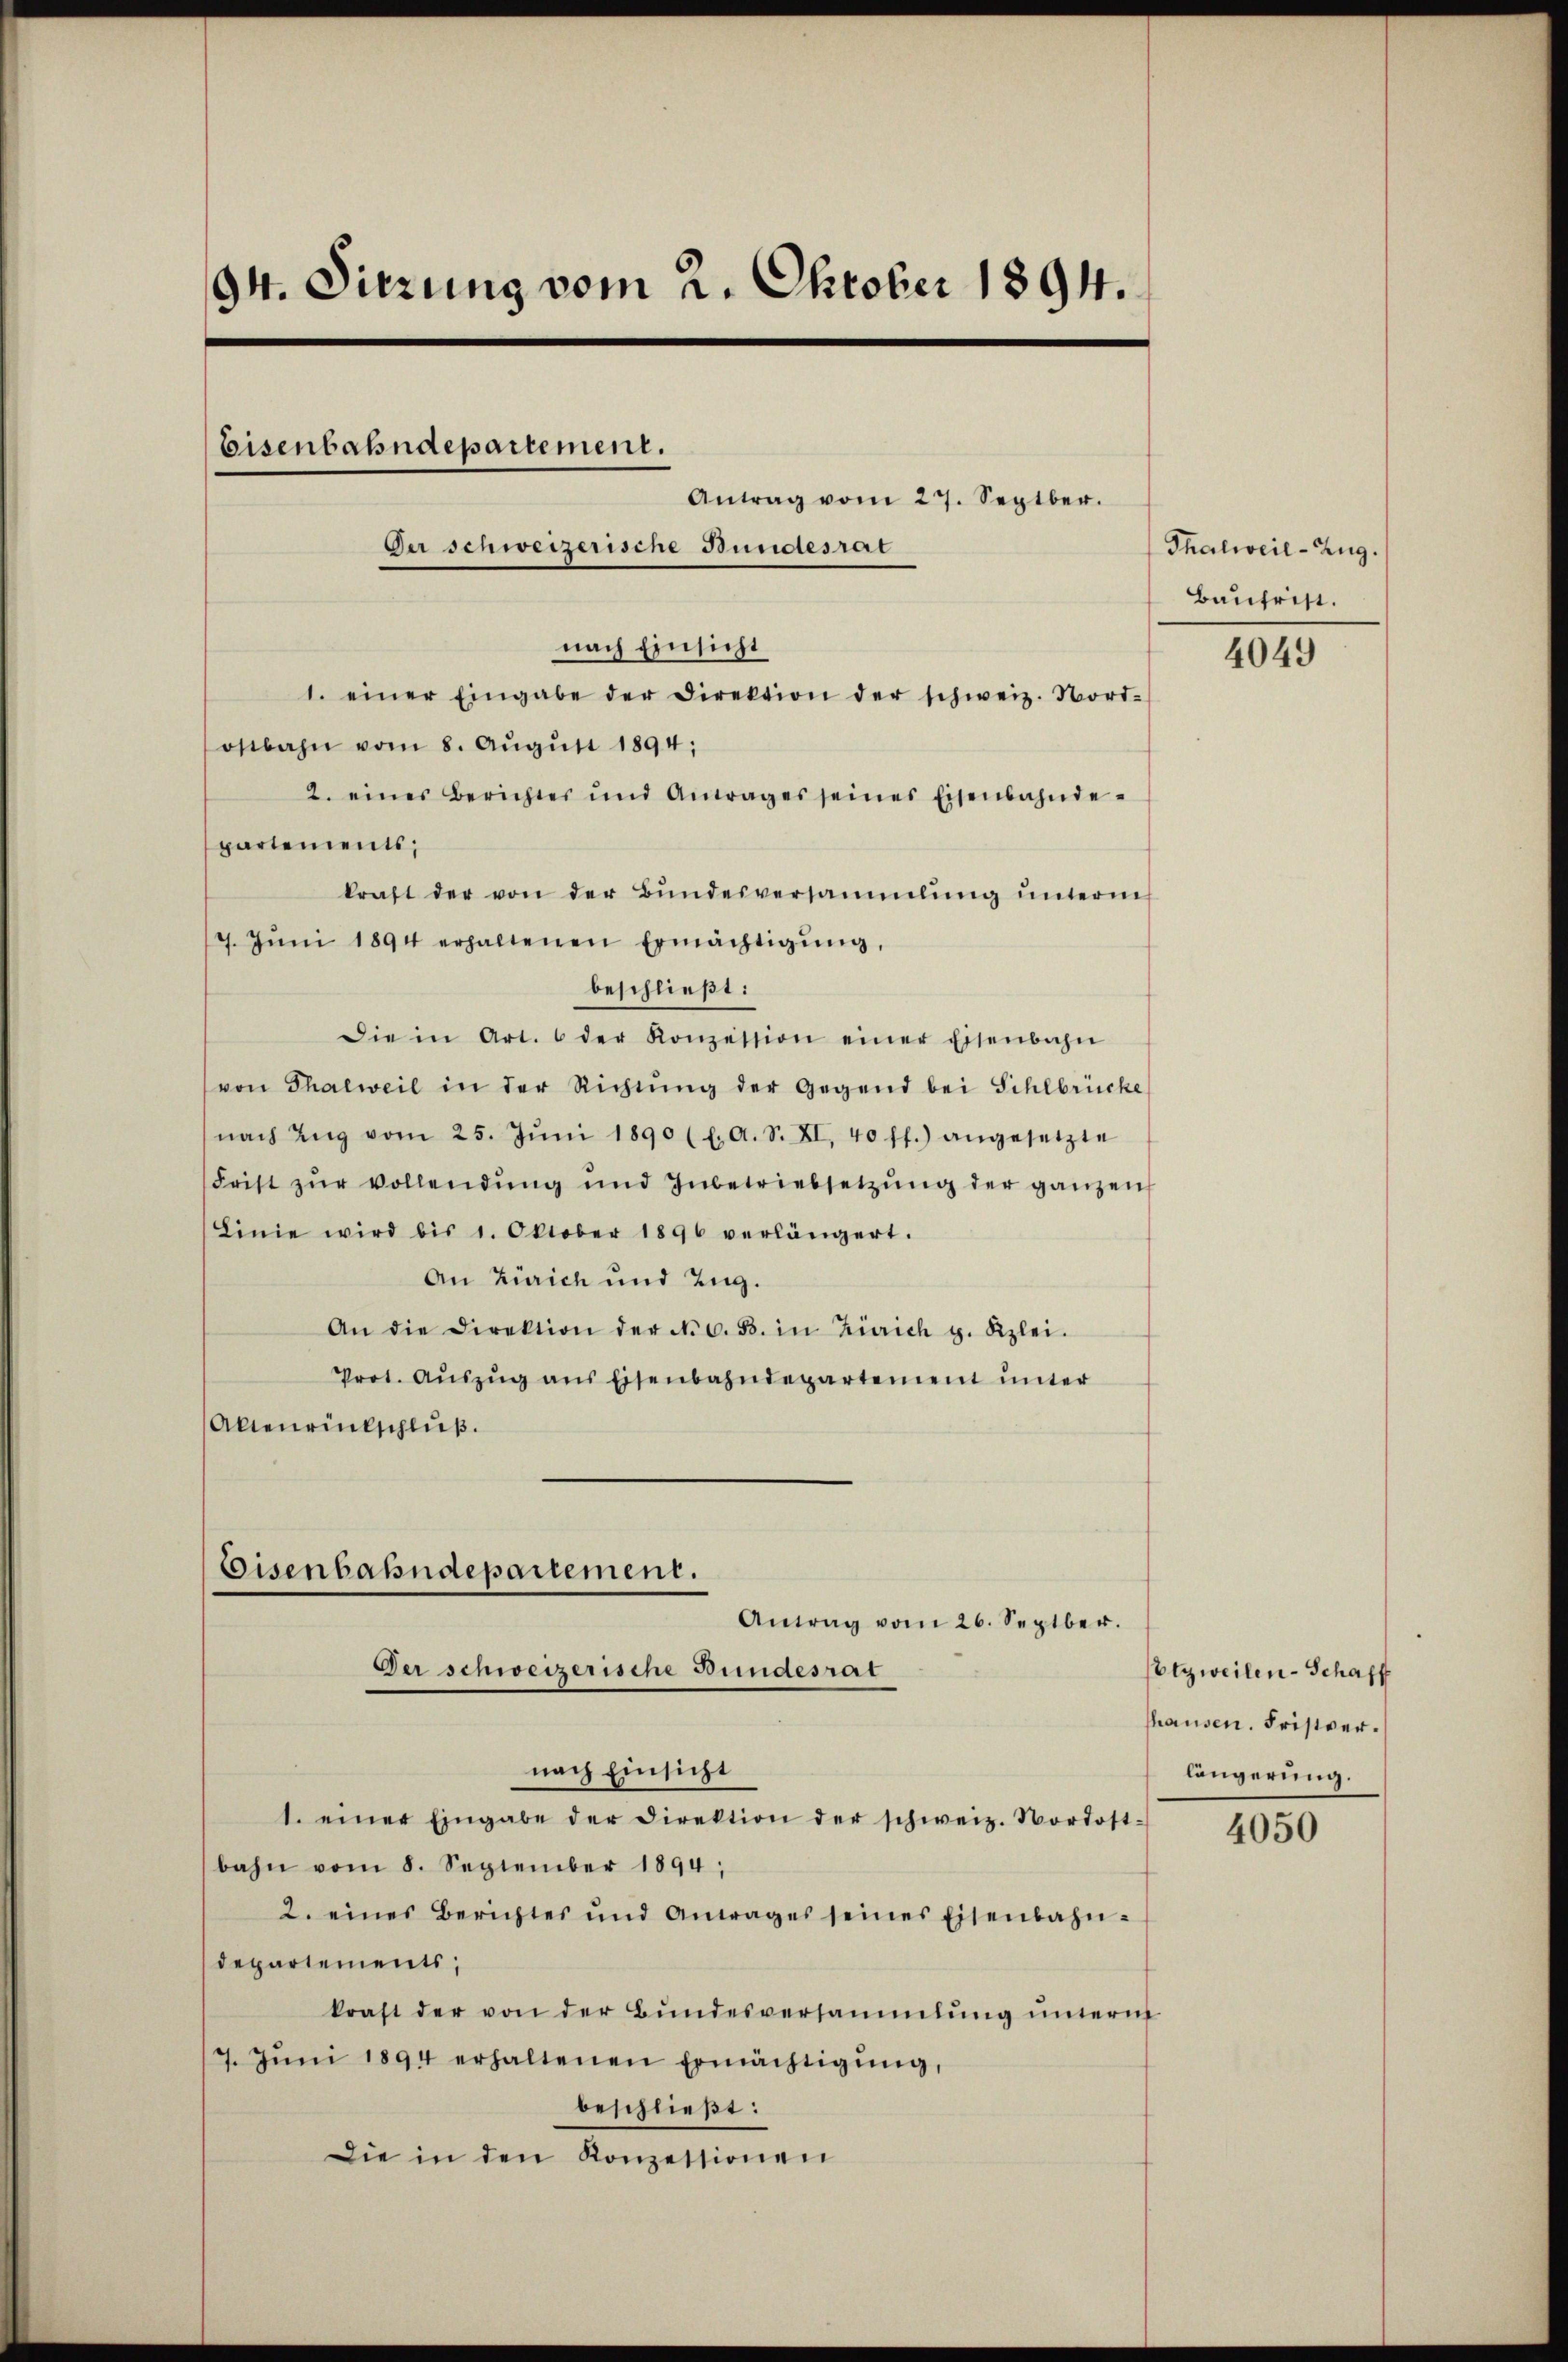
94. Sitzung vom 2. Oktober 1894.
Eisenbahndepartement.
Antrag vom 27. Septbr.
Der schweizerische Bundesrat

nach Einsicht

1. einer Eingabe der Direktion der schweiz. Nord-
ostbahn vom 8. August 1894;
2. eines Berichter und Antrages seines Eisenbahnde-
partements;
kraft der von der Bŭndesversammlŭng ŭnterm
9. Jŭni 1894 erhaltenen Ermächtigŭng,
beschließt:
Die in Art. 6 der Konzession einer Eisenbahn
von Thalweil in der Richtung der Gegend bei Sihlbrücke
nach Eng vom 25. Jŭni 1890 (l. A. S. XI, 40 ff.) angesetzte
Frist zŭr vollendŭng und Inbetriebsetzŭng der ganzen
Linie wird bis 1. Oktober 1896 verlängert.
An Zürich und Zug.
An die Direktion der No. 6. B. in Zürich g. Kzlei.
Prot. Aŭszŭg ans Eisenbahndepartement unter
Altenrückschluß.

Eisenbahndepartement.
Antrag vom 26. Septbr.
Ger schweizerische Bundesrat
nach Einsicht
1. einer Eingabe der Direktion der schweiz. Nordost-

bahn vom 8. September 1894;
2. eines Berichtes und Antrages seines Eisenbahn-
departements;
kraft der von der Bŭndesversammlung unterm
7. Jŭni 1894 erhaltenen Ermächtigŭng,
beschließt:
Die in den Konzessionen

Thalweil-Zug.
Baufrist.

4049

otzweilen-Schaff
fhausen. Fristverlängerung.

4050